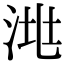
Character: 𣴧